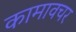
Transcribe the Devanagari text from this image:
कामावचर